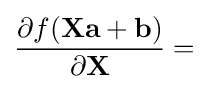
{\frac {\partial f(\mathbf {Xa+b} )}{\partial \mathbf {X} }}=